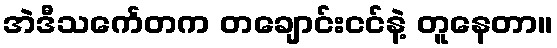
အဲဒီသင်္ကေတက တချောင်းငင်နဲ့ တူနေတာ။